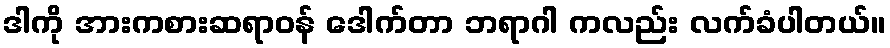
ဒါကို အားကစားဆရာဝန် ဒေါက်တာ ဘရာဂါ ကလည်း လက်ခံပါတယ်။